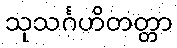
သုသင်္ဂဟိတတ္တာ